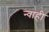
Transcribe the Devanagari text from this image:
न्वाही